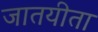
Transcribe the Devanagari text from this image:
जातयीता